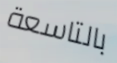
بالتاسعة